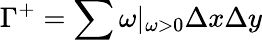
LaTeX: \Gamma^{+}=\sum\omega|_{\omega>0}\Delta x\Delta y